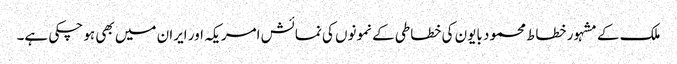
ملک کے مشہور خطاط محمود بایون کی خطاطی کے نمونوں کی نمائش امریکہ اور ایران میں بھی ہو چکی ہے۔